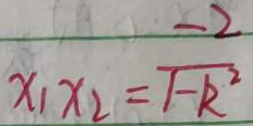
x _ { 1 } x _ { 2 } = \frac { - 2 } { 1 - k ^ { 2 } }